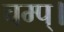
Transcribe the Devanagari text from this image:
चम्प्।